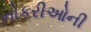
નોકરીઓની